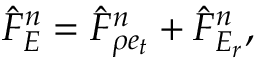
\hat { F } _ { E } ^ { n } = \hat { F } _ { \rho e _ { t } } ^ { n } + \hat { F } _ { E _ { r } } ^ { n } ,